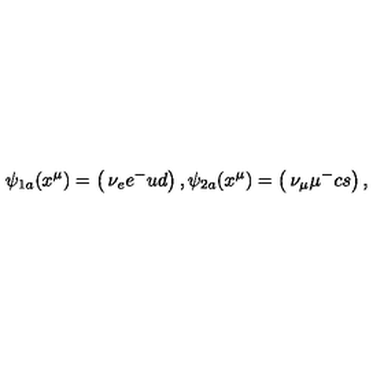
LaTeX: \psi _ { 1 a } ( x ^ { \mu } ) = \left( \begin{matrix} { \nu _ { e } } \\ { e ^ { - } } \\ { u } \\ { d } \\ \end{matrix} \right) , \psi _ { 2 a } ( x ^ { \mu } ) = \left( \begin{matrix} { \nu _ { \mu } } \\ { \mu ^ { - } } \\ { c } \\ { s } \\ \end{matrix} \right) ,